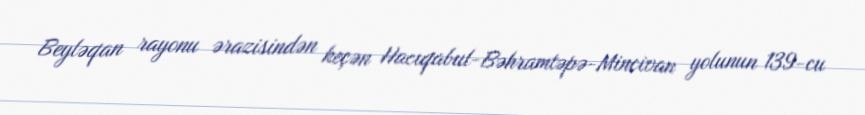
Beyləqan rayonu ərazisindən keçən Hacıqabul-Bəhramtəpə-Mincivan yolunun 139-cu